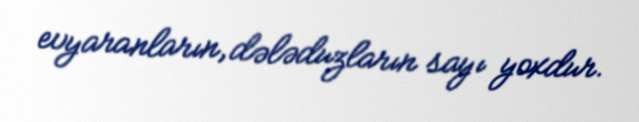
evyaranların, dələduzların sayı yoxdur.